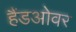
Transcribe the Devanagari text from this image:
हैंडओवर